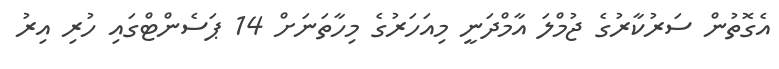
އެގޮތުން ސަރުކާރުގެ ޖުމްލަ އާމްދަނީ މިއަހަރުގެ މިހާތަނަށް 14 ޕަސެންޓްގައި ހުރި އިރު